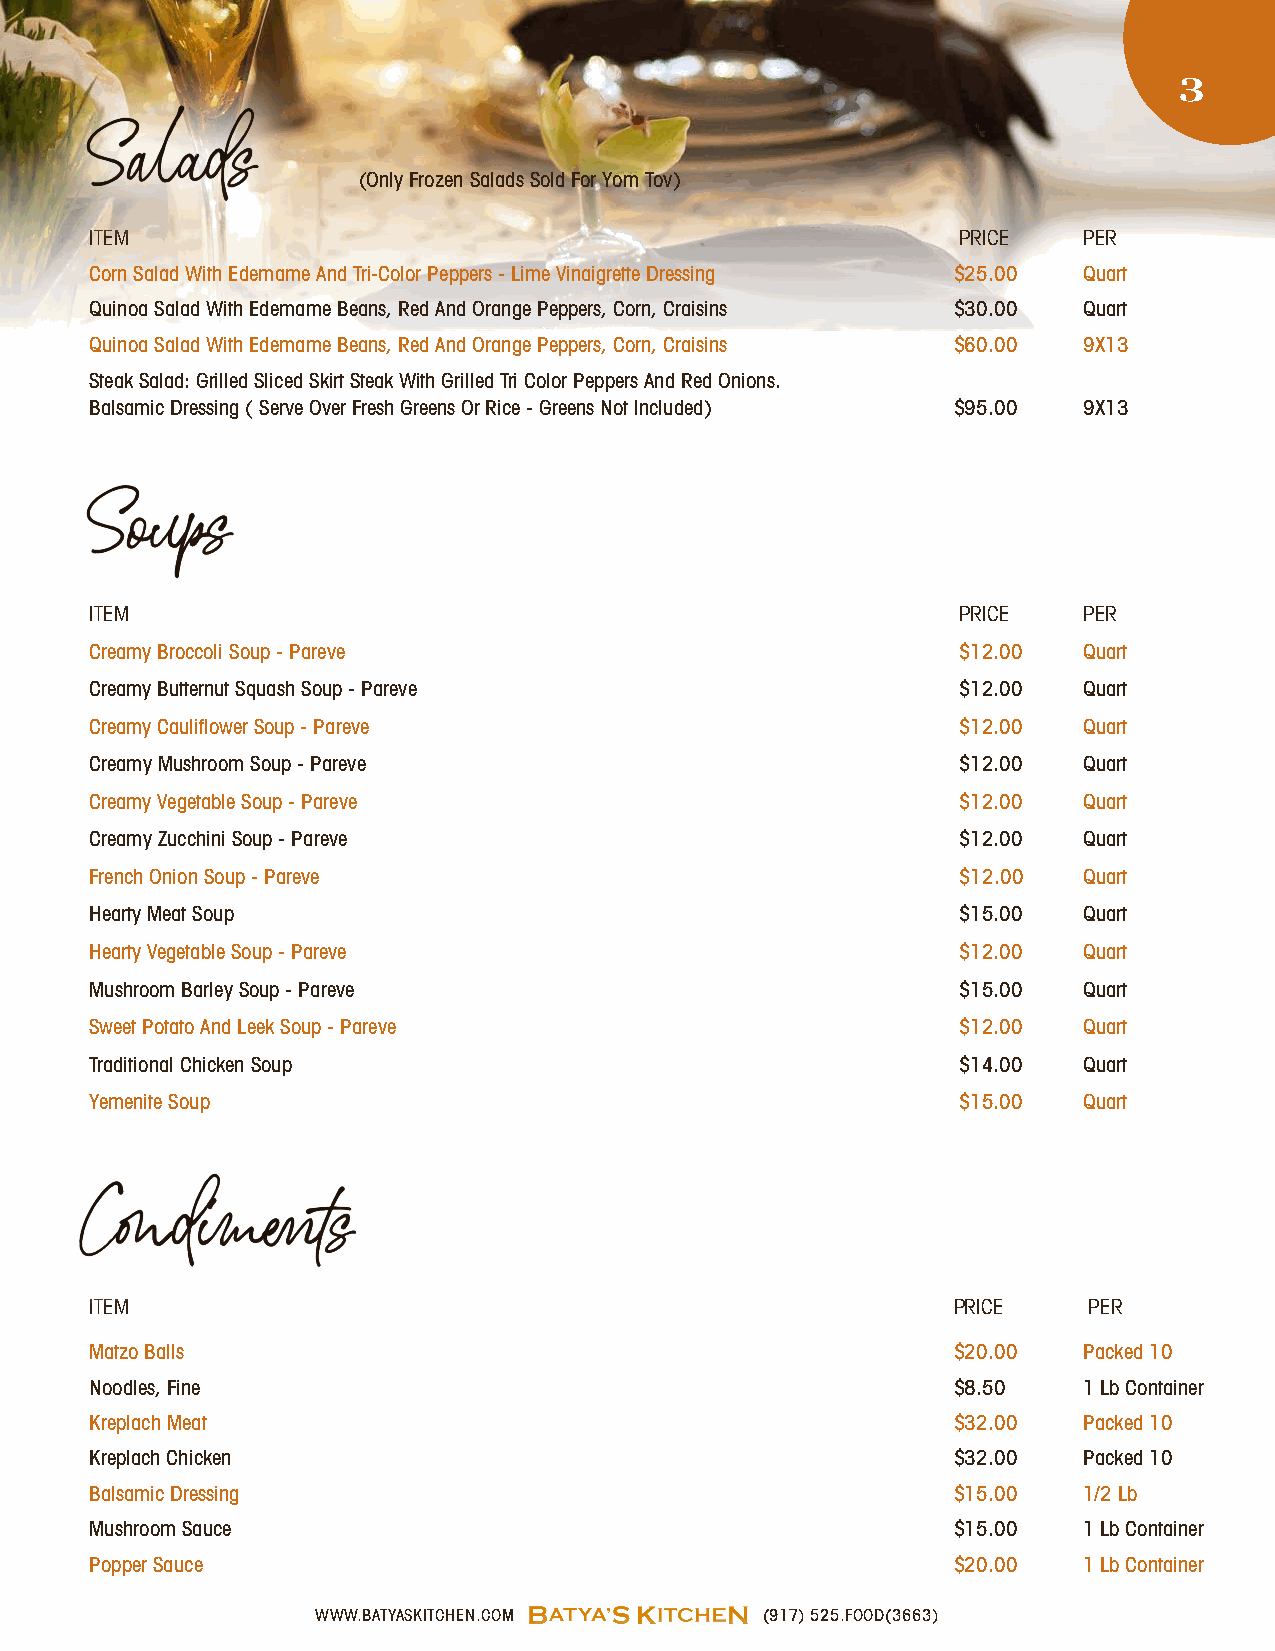
3
 Salads
 (Only Frozen Salads Sold For Yom Tov)
 ITEM                                                      PRICE   PER
 Corn Salad With Edemame And Tri-Color Peppers - Lime Vinaigrette Dressing $25.00 Quart
 Quinoa Salad With Edemame Beans, Red And Orange Peppers, Corn, Craisins $30.00 Quart
 Quinoa Salad With Edemame Beans, Red And Orange Peppers, Corn, Craisins $60.00 9X13
 Steak Salad: Grilled Sliced Skirt Steak With Grilled Tri Color Peppers And Red Onions.
 Balsamic Dressing ( Serve Over Fresh Greens Or Rice - Greens Not Included) $95.00 9X13
 Soups
 ITEM                                                      PRICE   PER
 Creamy Broccoli Soup - Pareve                             $12.00  Quart
 Creamy Butternut Squash Soup - Pareve                     $12.00  Quart
 Creamy Cauliflower Soup - Pareve                          $12.00  Quart
 Creamy Mushroom Soup - Pareve                             $12.00  Quart
 Creamy Vegetable Soup - Pareve                            $12.00  Quart
 Creamy Zucchini Soup - Pareve                             $12.00  Quart
 French Onion Soup - Pareve                                $12.00  Quart
 Hearty Meat Soup                                          $15.00  Quart
 Hearty Vegetable Soup - Pareve                            $12.00  Quart
 Mushroom Barley Soup - Pareve                             $15.00  Quart
 Sweet Potato And Leek Soup - Pareve                       $12.00  Quart
 Traditional Chicken Soup                                  $14.00  Quart
 Yemenite Soup                                             $15.00  Quart
 Condiments
 ITEM                                                     PRICE    PER
 Matzo Balls                                              $20.00   Packed 10
 Noodles, Fine                                            $8.50    1 Lb Container
 Kreplach Meat                                            $32.00   Packed 10
 Kreplach Chicken                                         $32.00   Packed 10
 Balsamic Dressing                                        $15.00   1/2 Lb
 Mushroom Sauce                                           $15.00   1 Lb Container
 Popper Sauce                                             $20.00   1 Lb Container
 WWW.BATYASKITCHEN.COM         (917) 525.FOOD(3663)